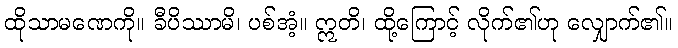
ထိုသာမဏေကို။ ခီပိဿာမိ၊ ပစ်အံ့။ ဣတိ၊ ထို့ကြောင့် လိုက်၏ဟု လျှောက်၏။